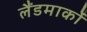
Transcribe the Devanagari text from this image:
लैंडमार्कों